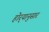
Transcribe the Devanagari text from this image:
होर्‍यानुसार